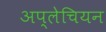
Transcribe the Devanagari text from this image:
अप्लेचियन